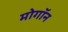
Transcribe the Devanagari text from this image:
मोगॉन